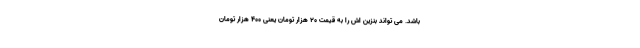
باشد. می تواند بنزین اش را به قیمت ۲۰ هزار تومان یعنی ۴۰۰ هزار تومان